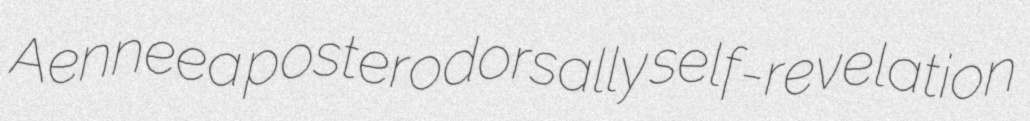
Aenneea posterodorsally self-revelation